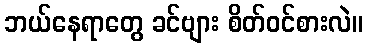
ဘယ်နေရာတွေ ခင်ဗျား စိတ်ဝင်စားလဲ။